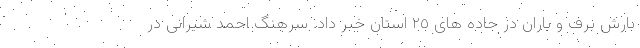
بارش برف و باران در جاده های ٢٥ استان خبر داد. سرهنگ احمد شیرانی در